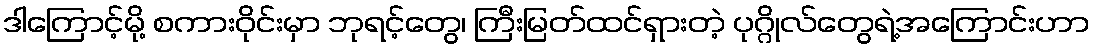
ဒါကြောင့်မို့ စကားဝိုင်းမှာ ဘုရင့်တွေ၊ ကြီးမြတ်ထင်ရှားတဲ့ ပုဂ္ဂိုလ်တွေရဲ့အကြောင်းဟာ